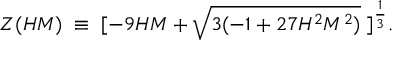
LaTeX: Z ( H M ) \; \equiv \; [ - 9 H M + \sqrt { 3 ( - 1 + 2 7 H ^ { 2 } M ^ { 2 } ) } \; ] ^ { \frac { 1 } { 3 } } .